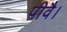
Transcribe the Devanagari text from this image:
पीवै।